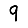
Digit: 9